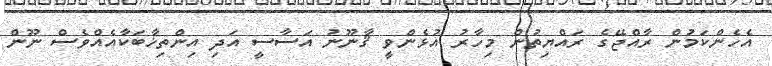
އެހެންކަމުން ރާއްޖޭގެ ރައްޔިތުން މިހާރު އުޅެންވީ ޤާނޫނު އަސާސީ އަދި އިންތިޚާބަކާއެއްވެސް ނޫން